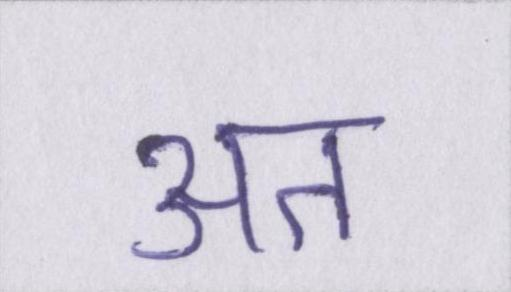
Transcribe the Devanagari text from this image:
अत